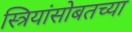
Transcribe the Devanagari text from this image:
स्त्रियांसोबतच्या